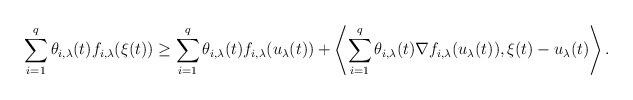
LaTeX: \begin{align*} \sum_{i=1}^{q} \theta_{i, \lambda} (t) f_{i,\lambda} (\xi(t)) \geq \sum_{i=1}^{q} \theta_{i, \lambda} (t) f_{i,\lambda}(u_{\lambda}(t)) + \left\langle \sum_{i=1}^{q} \theta_{i, \lambda} (t) \nabla f_{i,\lambda}(u_{\lambda}(t)), \xi(t) - u_{\lambda}(t) \right\rangle.\end{align*}